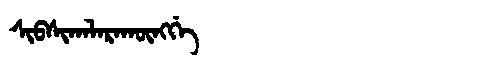
Manchu: ᠰᡳᠪᠰᡳᡴᠠᠯᠠᡵᠠᡴᡡᠩᡤᡝ
Romanization: SIBSIKALARAKŪNGGE